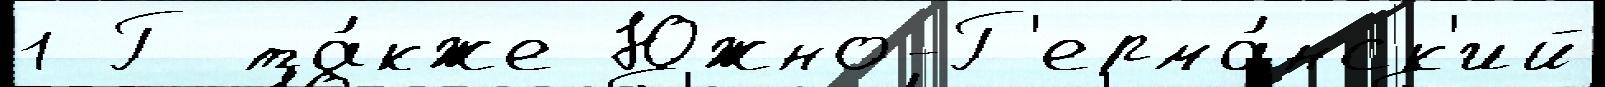
1 Г та́кже Южно-Г'ерма́нск'ий